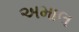
અમાલ